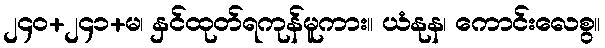
၂၄၀+၂၄၁+မ၊ နှင်ထုတ်ရကုန်မူကား။ ယံနုန၊ ကောင်းလေစွ။